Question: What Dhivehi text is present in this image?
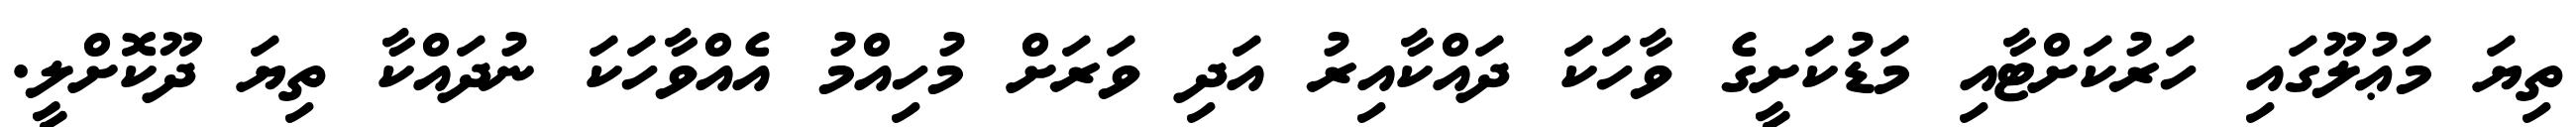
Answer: ތިޔަ މަޢުލޫގައި ހަރުކަށްޓާއި މަޑުކަށީގެ ވާހަކަ ދައްކާއިރު އަދި ވަރަށް މުހިއްމު އެއްވާހަކަ ނުދައްކާ ތިޔަ ދޫކޮށްލީ.